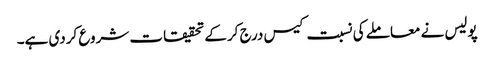
پولیس نے معاملے کی نسبت کیس درج کرکے تحقیقات شروع کردی ہے۔